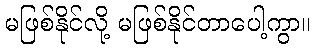
မဖြစ်နိုင်လို့ မဖြစ်နိုင်တာပေါ့ကွာ။